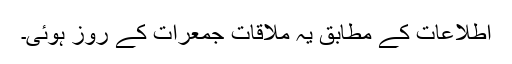
اطلاعات کے مطابق یہ ملاقات جمعرات کے روز ہوئی۔